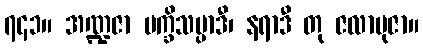
၇၄၁။ အဏ္ဍဇာ ပက္ခိသပ္ပာဒီ၊ နရာဒီ တု ဇလာဗုဇာ။